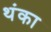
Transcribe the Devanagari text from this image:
थंका